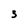
Character: 3